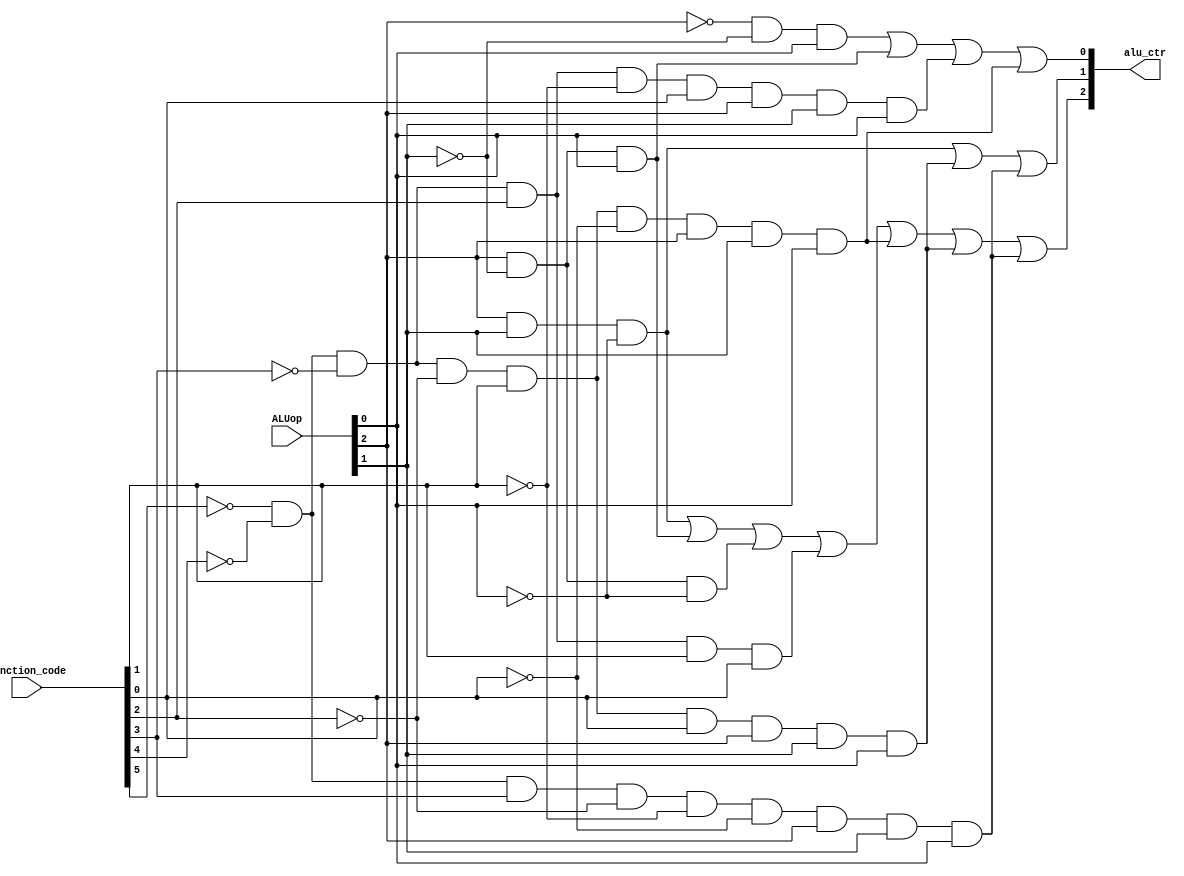
module alu_control (
    output [2:0] alu_ctr,
    input [5:0] function_code,
    input [2:0] ALUop
);

    wire [2:0] not_ALUop;
    wire andi, ori, addi, subi, slti;
    
    // Inverting ALUop bits
    not(not_ALUop[0], ALUop[0]);
    not(not_ALUop[1], ALUop[1]);
    not(not_ALUop[2], ALUop[2]);

    // ANDI operation (ALUop = 000)
    and(andi, not_ALUop[2], not_ALUop[1], not_ALUop[0]);
    // ORI operation (ALUop = 001)
    and(ori, not_ALUop[2], not_ALUop[1], ALUop[0]);
    // ADDI operation (ALUop = 101)
    and(addi, ALUop[2], not_ALUop[1], ALUop[0]);
    // SUBI operation (ALUop = 110)
    and(subi, ALUop[2], ALUop[1], not_ALUop[0]);
    // SLTI operation (ALUop = 100)
    and(slti, ALUop[2], not_ALUop[1], not_ALUop[0]);
    
    // R-type operation (ALUop = 111), directly pass function_code
    wire r_and, r_or, r_add, r_sub, r_slt, r_jr;
    wire [5:0] func_not;
    not(func_not[0], function_code[0]);
    not(func_not[1], function_code[1]);
    not(func_not[2], function_code[2]);
    not(func_not[3], function_code[3]);
    not(func_not[4], function_code[4]);
    not(func_not[5], function_code[5]);
    // add -> 000010
    and(r_add, func_not[5], func_not[4], func_not[3], func_not[2], function_code[1], func_not[0]);
    // sub -> 000011
    and(r_sub, func_not[5], func_not[4], func_not[3], func_not[2], function_code[1], function_code[0]);
    // and -> 000100
    and(r_and, func_not[5], func_not[4], func_not[3], function_code[2], func_not[1], func_not[0]);
    // or -> 000101
    and(r_or, func_not[5], func_not[4], func_not[3], function_code[2], func_not[1], function_code[0]);
    // slt -> 000111
    and(r_slt, func_not[5], func_not[4], func_not[3], function_code[2], function_code[1], function_code[0]);
    // jr -> 001000
    and(r_jr, func_not[5], func_not[4], function_code[3], func_not[2], func_not[1], func_not[0]);

    // if aluop is not 111, then it is not R-type
    wire r_add_ALUop, r_sub_ALUop, r_or_ALUop, r_jr_ALUop;
    and(r_add_ALUop, r_add, ALUop[2], ALUop[1], ALUop[0]);
    and(r_sub_ALUop, r_sub, ALUop[2], ALUop[1], ALUop[0]);
    and(r_or_ALUop, r_or, ALUop[2], ALUop[1], ALUop[0]);
    and(r_jr_ALUop, r_jr, ALUop[2], ALUop[1], ALUop[0]);

    // alu_ctr[0]
    or(alu_ctr[0], ori, addi, r_or_ALUop, r_add_ALUop);

    // alu_ctr[1]
    or(alu_ctr[1], subi, r_sub_ALUop, r_jr_ALUop);

    // alu_ctr[2]
    or(alu_ctr[2], subi, addi, slti, r_slt, r_add_ALUop, r_sub_ALUop, r_jr_ALUop);
    
endmodule